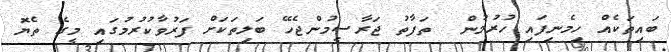
ބައިތަކެއް ހިމެނިފައި ހުރުމުން  ތަފާތު ޖަރާސީމުންޖެހޭ ބަލިތަކަށް ފަރުވާކުރުމުގައި މީގެ ތެޔޮ